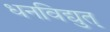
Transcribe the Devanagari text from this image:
धनविद्युत्